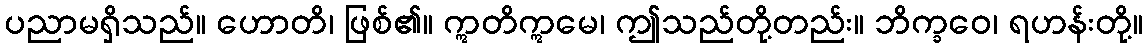
ပညာမရှိသည်။ ဟောတိ၊ ဖြစ်၏။ ဣတိဣမေ၊ ဤသည်တို့တည်း။ ဘိက္ခဝေ၊ ရဟန်းတို့။